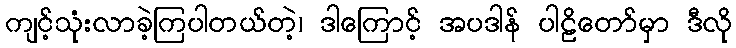
ကျင့်သုံးလာခဲ့ကြပါတယ်တဲ့၊ ဒါကြောင့် အပဒါန် ပါဠိတော်မှာ ဒီလို